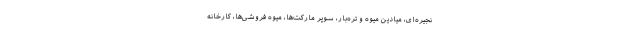
نجیره‌ای، میادین میوه و تره‌بار، سوپر مارکت‌ها، میوه فروشی‌ها، کارخانه